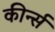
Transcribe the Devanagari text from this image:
कीर्न्स